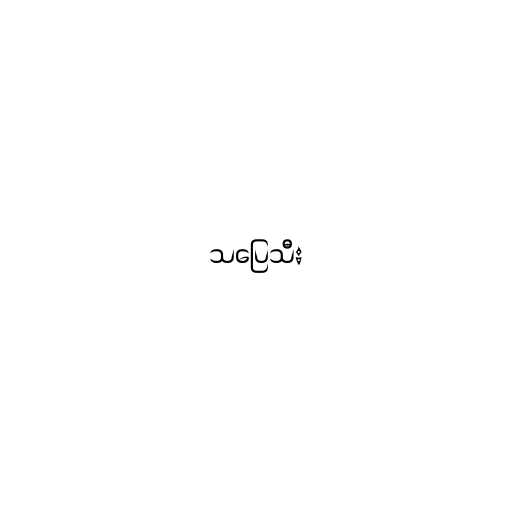
သပြေသီး